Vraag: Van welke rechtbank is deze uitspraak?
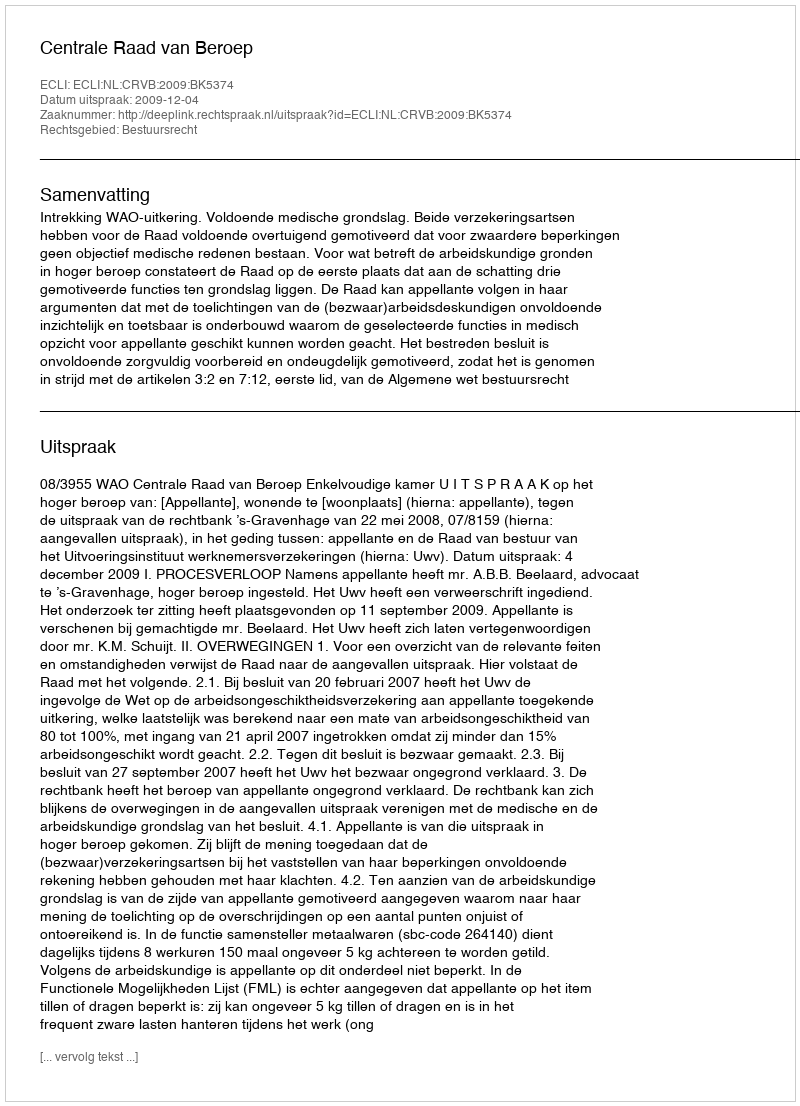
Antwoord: Centrale Raad van Beroep